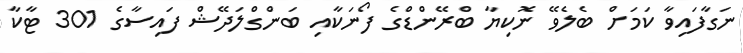
ނަގާފައިވާ ކަމަށް ބެލެވޭ ނޮކިޔާ ބްރޭންޑްގެ ފޯނަކާއި ބަންގްލަދޭޝް ފައިސާގެ 301 ޓާކާ